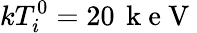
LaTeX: kT_{i}^{0}=20\, \mathrm{~k~e~V~}